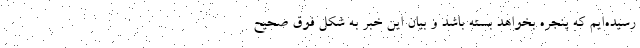
رسیده‌ایم که پنجره بخواهد بسته باشد و بیان این خبر به شکل فوق صحیح